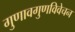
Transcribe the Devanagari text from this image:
गुणावगुणविवेचन